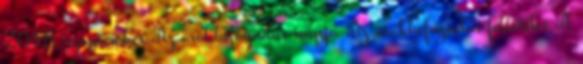
2018. szeptember Az örökbefogadás napja Az örökbefogadás feltételei A